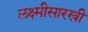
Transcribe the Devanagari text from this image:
लक्ष्मीसारखी